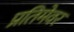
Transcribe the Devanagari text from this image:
प्रतिमेवर